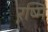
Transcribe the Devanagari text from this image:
रष्मि